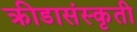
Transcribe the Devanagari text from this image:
क्रीडासंस्कृती